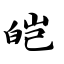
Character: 皑